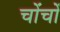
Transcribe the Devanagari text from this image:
चोंचों